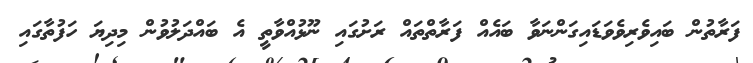
ފަރާތުން ބައިވެރިވެވަޑައިގަންނަވާ ބައެއް ފަރާތްތައް ރަށުގައި ނޫޅުއްވާތީ އެ ބައްދަލުވުން މިދިޔަ ހަފުތާގައި